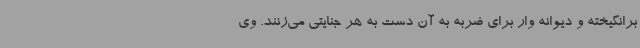
برانگیخته و دیوانه وار برای ضربه به آن دست به هر جنایتی می‌زنند. وی